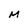
Character: M